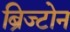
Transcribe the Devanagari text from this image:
ब्रिज्टोन